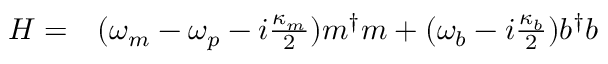
\begin{array} { c c } { H = } & { ( \omega _ { m } - \omega _ { p } - i \frac { \kappa _ { m } } { 2 } ) m ^ { \dagger } m + ( \omega _ { b } - i \frac { \kappa _ { b } } { 2 } ) b ^ { \dagger } b } \end{array}